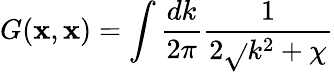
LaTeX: G(\mathbf{x},\mathbf{x})=\int\frac{{dk}}{{2\pi}}\frac{{1}}{{2\sqrt{}{{k^{2}+\chi}}}}